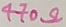
Text: 470Ω